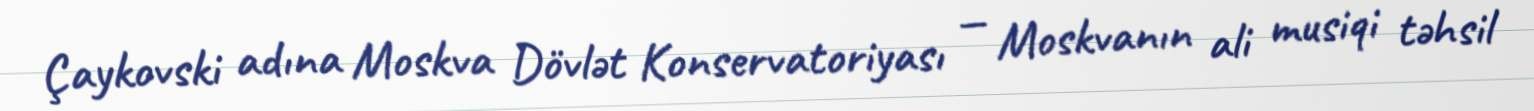
Çaykovski adına Moskva Dövlət Konservatoriyası — Moskvanın ali musiqi təhsil